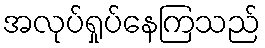
အလုပ်ရှုပ်နေကြသည်